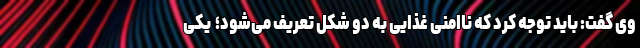
وی گفت: باید توجه کرد که ناامنی غذایی به دو شکل تعریف می‌شود؛ ‌ یکی